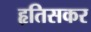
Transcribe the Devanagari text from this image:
हृतिसकर